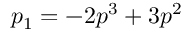
p _ { 1 } = - 2 p ^ { 3 } + 3 p ^ { 2 }